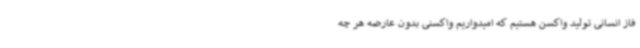
فاز انسانی تولید واکسن هستیم که امیدواریم واکسنی بدون عارضه هر چه